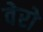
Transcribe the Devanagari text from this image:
वेरो